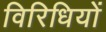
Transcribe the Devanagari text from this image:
विरिधियों